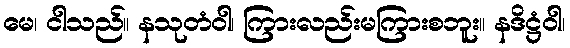
မေ၊ ငါသည်။ နသုတံဝါ၊ ကြားလည်းမကြားစဘူး။ နဒိဋ္ဌံဝါ၊